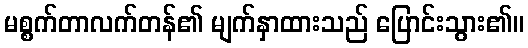
မစ္စက်တာလက်တန်၏ မျက်နှာထားသည် ပြောင်းသွား၏။